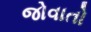
જોવાતો